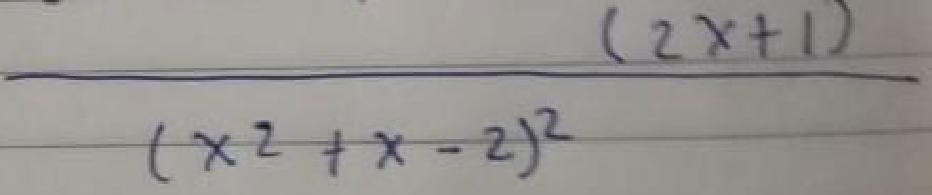
$\frac{(2x + 1)}{(x^{2}+x - 2)^{2}}$